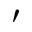
\prime